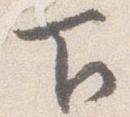
下